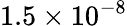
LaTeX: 1.5\times 10^{-8}